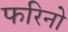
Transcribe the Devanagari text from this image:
फरिनो